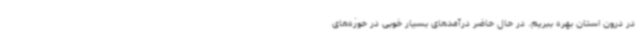
در درون استان بهره ببریم. در حال حاضر درآمدهای بسیار خوبی در حوزه‌های